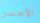
الأحسن